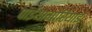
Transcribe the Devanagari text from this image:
पाईथागोरियाई